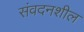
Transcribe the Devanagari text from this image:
संवदनशील